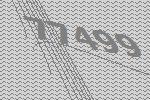
77499